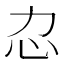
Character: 𢖰